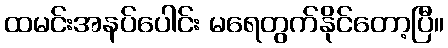
ထမင်းအနပ်ပေါင်း မရေတွက်နိုင်တော့ပြီ။